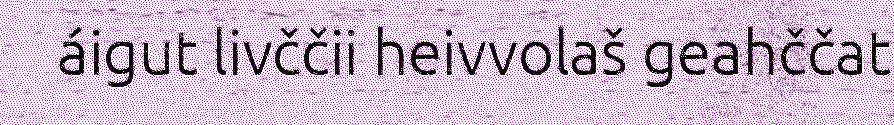
áigut livččii heivvolaš geahččat